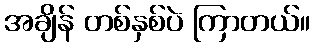
အချိန် တစ်နှစ်ပဲ ကြာတယ်။